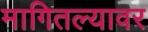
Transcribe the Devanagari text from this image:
मागितल्यावर